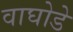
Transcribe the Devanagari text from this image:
वाघोडे